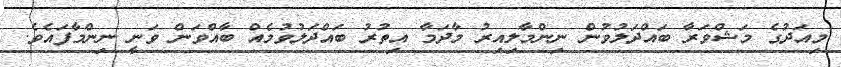
މިއަދުގެ މަޝްވަރާ ބައްދަލުވުން ނިންމާލިއިރު މާދަމާ އިތުރު ބައްދަލުވުމެއް ބާއްވަން ވަނީ ނިންމާފައެވެ.